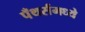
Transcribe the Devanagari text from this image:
पँथर्समध्ये